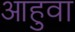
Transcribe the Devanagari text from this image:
आहुवा